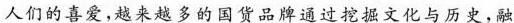
人们的喜爱，越来越多的国货品牌通过挖掘文化与历史，融